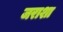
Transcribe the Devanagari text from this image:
जराशा